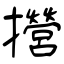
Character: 攚